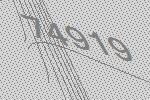
74919